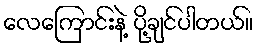
လေကြောင်းနဲ့ ပို့ချင်ပါတယ်။